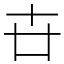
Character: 卋